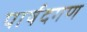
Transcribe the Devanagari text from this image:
पार्षदगण